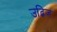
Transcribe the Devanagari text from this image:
उद्भिज